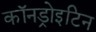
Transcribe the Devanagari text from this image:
कॉनड्रोइटिन